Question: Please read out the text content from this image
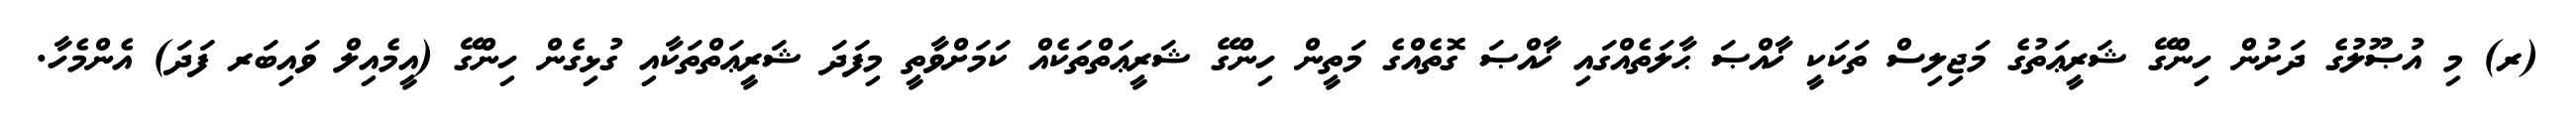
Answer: (ރ) މި އުޞޫލުގެ ދަށުން ހިންގޭ ޝަރީޢަތުގެ މަޖިލިސް ތަކަކީ ޚާއްޞަ ޙާލަތެއްގައި ޚާއްޞަ ގޮތެއްގެ މަތީން ހިންގޭ ޝަރީޢަތްތަކެއް ކަމަށްވާތީ މިފަދަ ޝަރީޢަތްތަކާއި ގުޅިގެން ހިންގޭ (އީމެއިލް ވައިބަރ ފަދަ) އެންމެހާ.